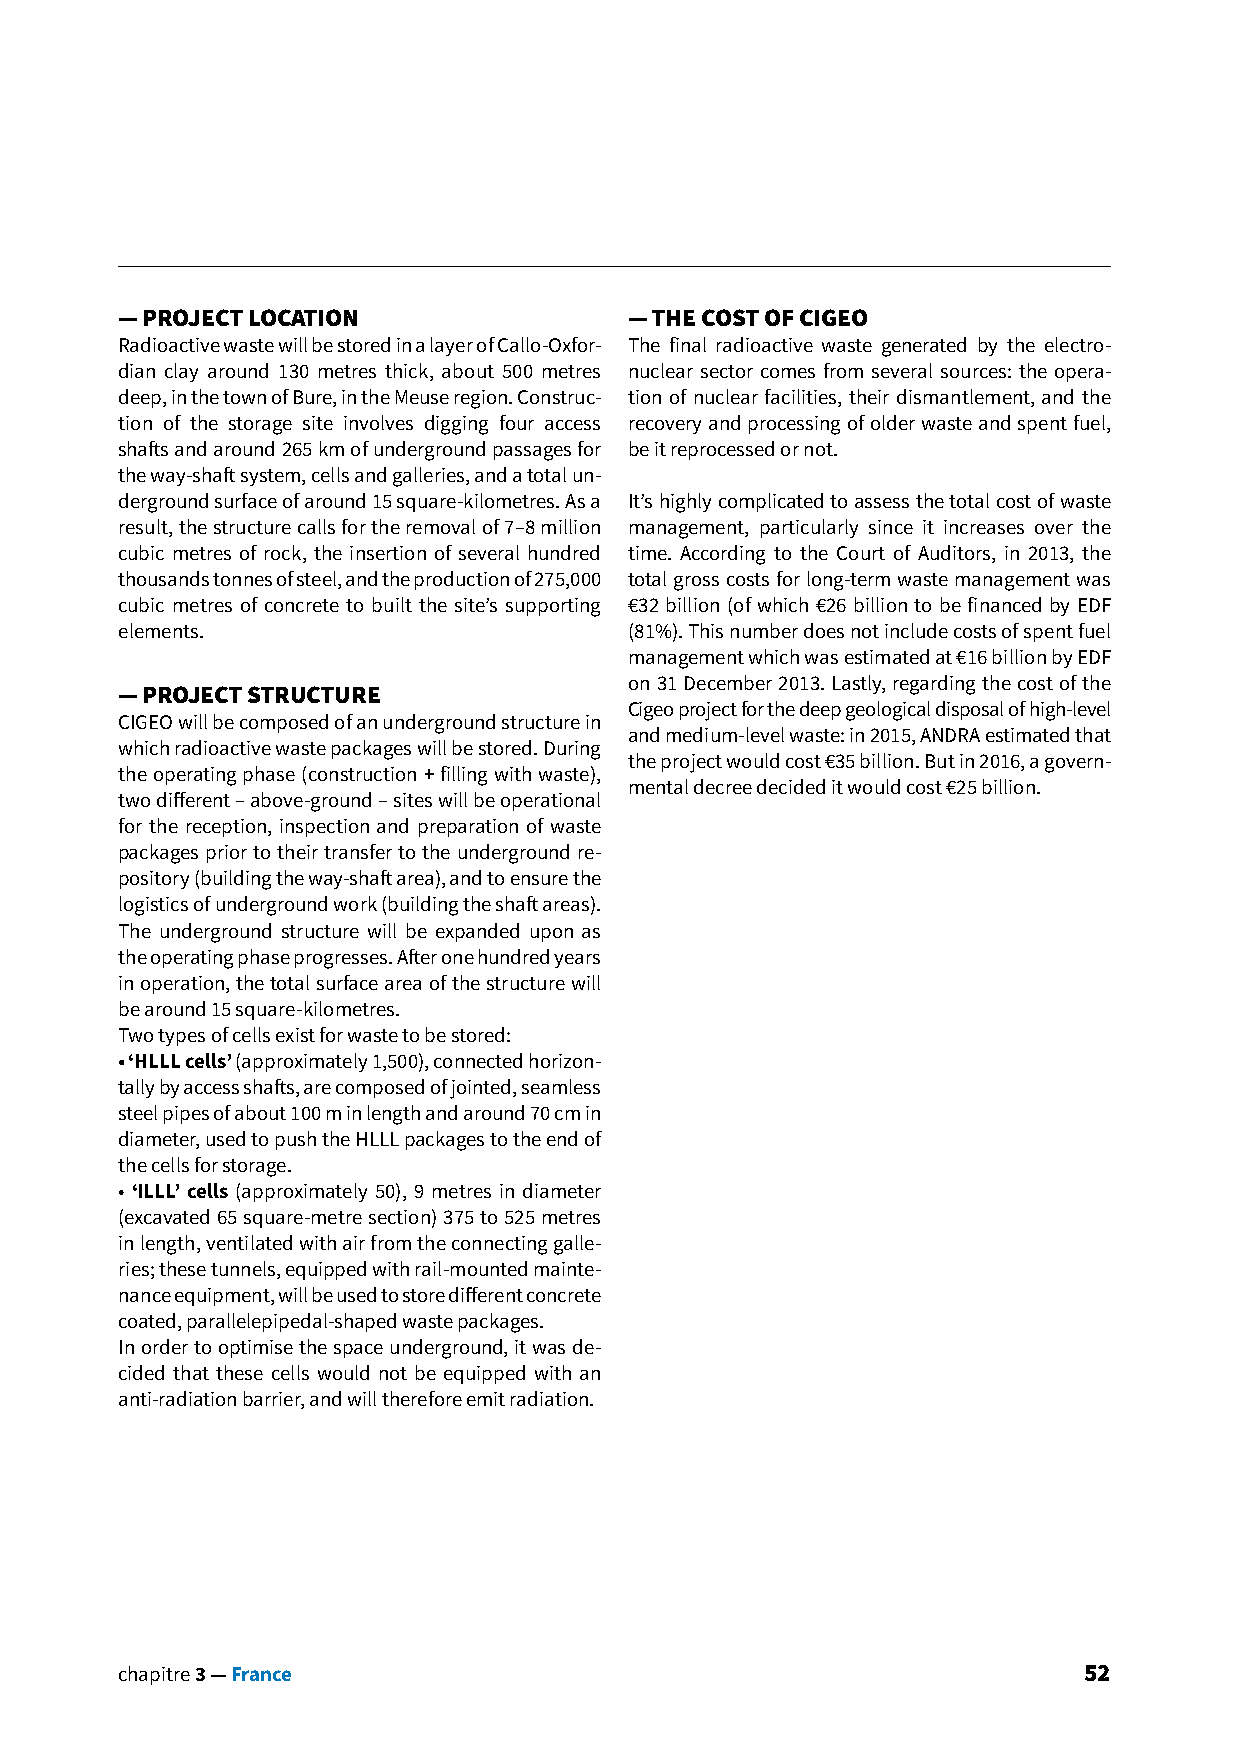
— PROJECT LOCATION                — THE COST OF CIGEO
 Radioactive waste will be stored in a layer of Callo-Oxfor- The final radioactive waste generated by the electro-
 dian clay around 130 metres thick, about 500 metres nuclear sector comes from several sources: the opera-
 deep, in the town of Bure, in the Meuse region. Construc- tion of nuclear facilities, their dismantlement, and the
 tion of the storage site involves digging four access recovery and processing of older waste and spent fuel,
 shafts and around 265 km of underground passages for be it reprocessed or not.
 the way-shaft system, cells and galleries, and a total un-
 derground surface of around 15 square-kilometres. As a It’s highly complicated to assess the total cost of waste
 result, the structure calls for the removal of 7–8 million management, particularly since it increases over the
 cubic metres of rock, the insertion of several hundred time. According to the Court of Auditors, in 2013, the
 thousands tonnes of steel, and the production of 275,000 total gross costs for long-term waste management was
 cubic metres of concrete to built the site’s supporting €32 billion (of which €26 billion to be financed by EDF
 elements.                         (81%). This number does not include costs of spent fuel
 management which was estimated at €16 billion by EDF
 on 31 December 2013. Lastly, regarding the cost of the
 — PROJECT STRUCTURE
 Cigeo project for the deep geological disposal of high-level
 CIGEO will be composed of an underground structure in
 and medium-level waste: in 2015, ANDRA estimated that
 which radioactive waste packages will be stored. During
 the project would cost €35 billion. But in 2016, a govern-
 the operating phase (construction + filling with waste),
 mental decree decided it would cost €25 billion.
 two different – above-ground – sites will be operational
 for the reception, inspection and preparation of waste
 packages prior to their transfer to the underground re-
 pository (building the way-shaft area), and to ensure the
 logistics of underground work (building the shaft areas).
 The underground structure will be expanded upon as
 the operating phase progresses. After one hundred years
 in operation, the total surface area of the structure will
 be around 15 square-kilometres.
 Two types of cells exist for waste to be stored:
 • ‘HLLL cells’ (approximately 1,500), connected horizon-
 tally by access shafts, are composed of jointed, seamless
 steel pipes of about 100 m in length and around 70 cm in
 diameter, used to push the HLLL packages to the end of
 the cells for storage.
 • ‘ILLL’ cells (approximately 50), 9 metres in diameter
 (excavated 65 square-metre section) 375 to 525 metres
 in length, ventilated with air from the connecting galle-
 ries; these tunnels, equipped with rail-mounted mainte-
 nance equipment, will be used to store different concrete
 coated, parallelepipedal-shaped waste packages.
 In order to optimise the space underground, it was de-
 cided that these cells would not be equipped with an
 anti-radiation barrier, and will therefore emit radiation.
 chapitre 3 — France                                             52